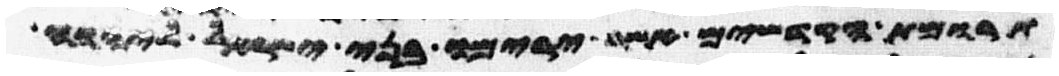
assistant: תרומת הקדשים אשר ירימו בני ישראל ליהוה